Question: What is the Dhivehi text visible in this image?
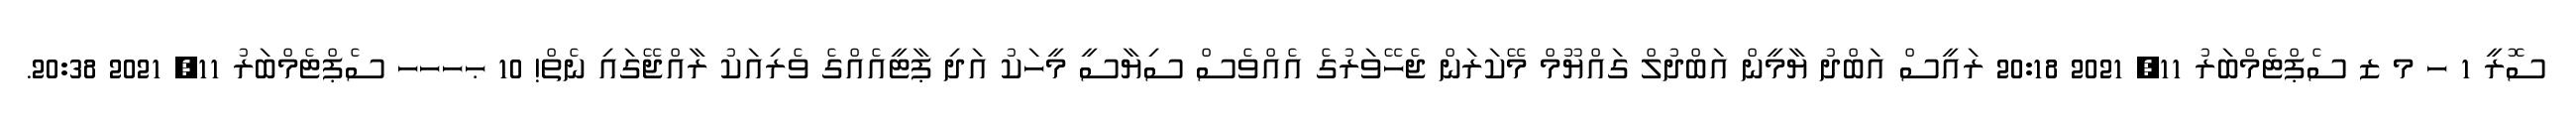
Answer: ސޮރީ 1 ހ މ ޒ ސެޕްޓެމްބަރު 11, 2021 20:18 ރައީސް އަބްދު ޔާމީން އަބްދުލް ގައްޔޫމް މޭކަރަން ޖެހޭވަރުގެ އެއްވެސް ސިޔާސީ މީހަކު އަދި ޕާޓީއެއްގެ ވެރިއަކު ރާއްޖޭގައި ނެތް! 10 ޙހހހ ސެޕްޓެމްބަރު 11, 2021 20:38.